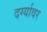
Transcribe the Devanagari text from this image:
दर्ग्यावर